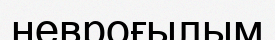
невроғылым